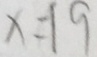
x = 1 9